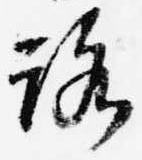
路